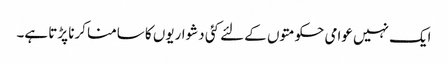
ایک نہیں عوامی حکومتوں کے لئے کئی دشواریوں کا سامنا کرنا پڑتا ہے۔